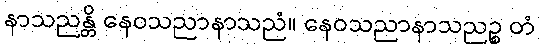
နာသညန္တိ နေဝသညာနာသညံ။ နေဝသညာနာသညဉ္စ တံ